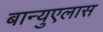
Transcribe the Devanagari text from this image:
बान्युएलास